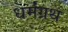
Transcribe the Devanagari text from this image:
धर्मंग्रथ